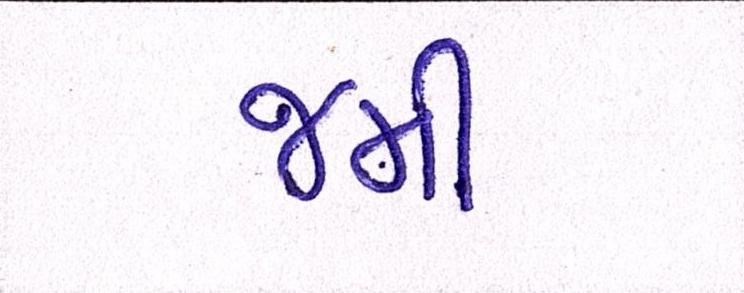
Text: જમી